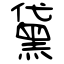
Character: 黛